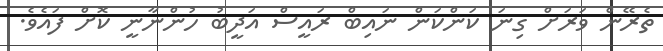
ތެރޭން ވަރަށް ގިނަ ކަންކަން ނައިބް ރައީސް އަދީބު ހުންނާނީ ކޮށް ފައެވެ.